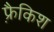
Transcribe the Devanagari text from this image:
फ़्रैकिश